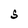
Character: S